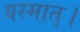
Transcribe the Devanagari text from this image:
यस्मात्।